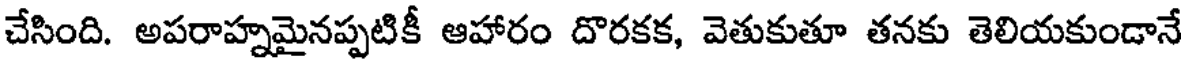
చేసింది. అపరాహ్నమైనప్పటికీ ఆహారం దొరకక, వెతుకుతూ తనకు తెలియకుండానే